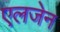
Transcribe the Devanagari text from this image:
एलजेन